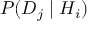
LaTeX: P ( D _ { j } \mid H _ { i } )